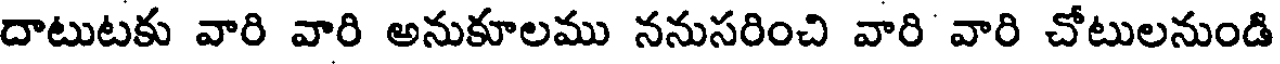
దాటుటకు వారి వారి అనుకూలము ననుసరించి వారి వారి చోటులనుండి